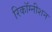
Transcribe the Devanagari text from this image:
रिकॉग्नीशन